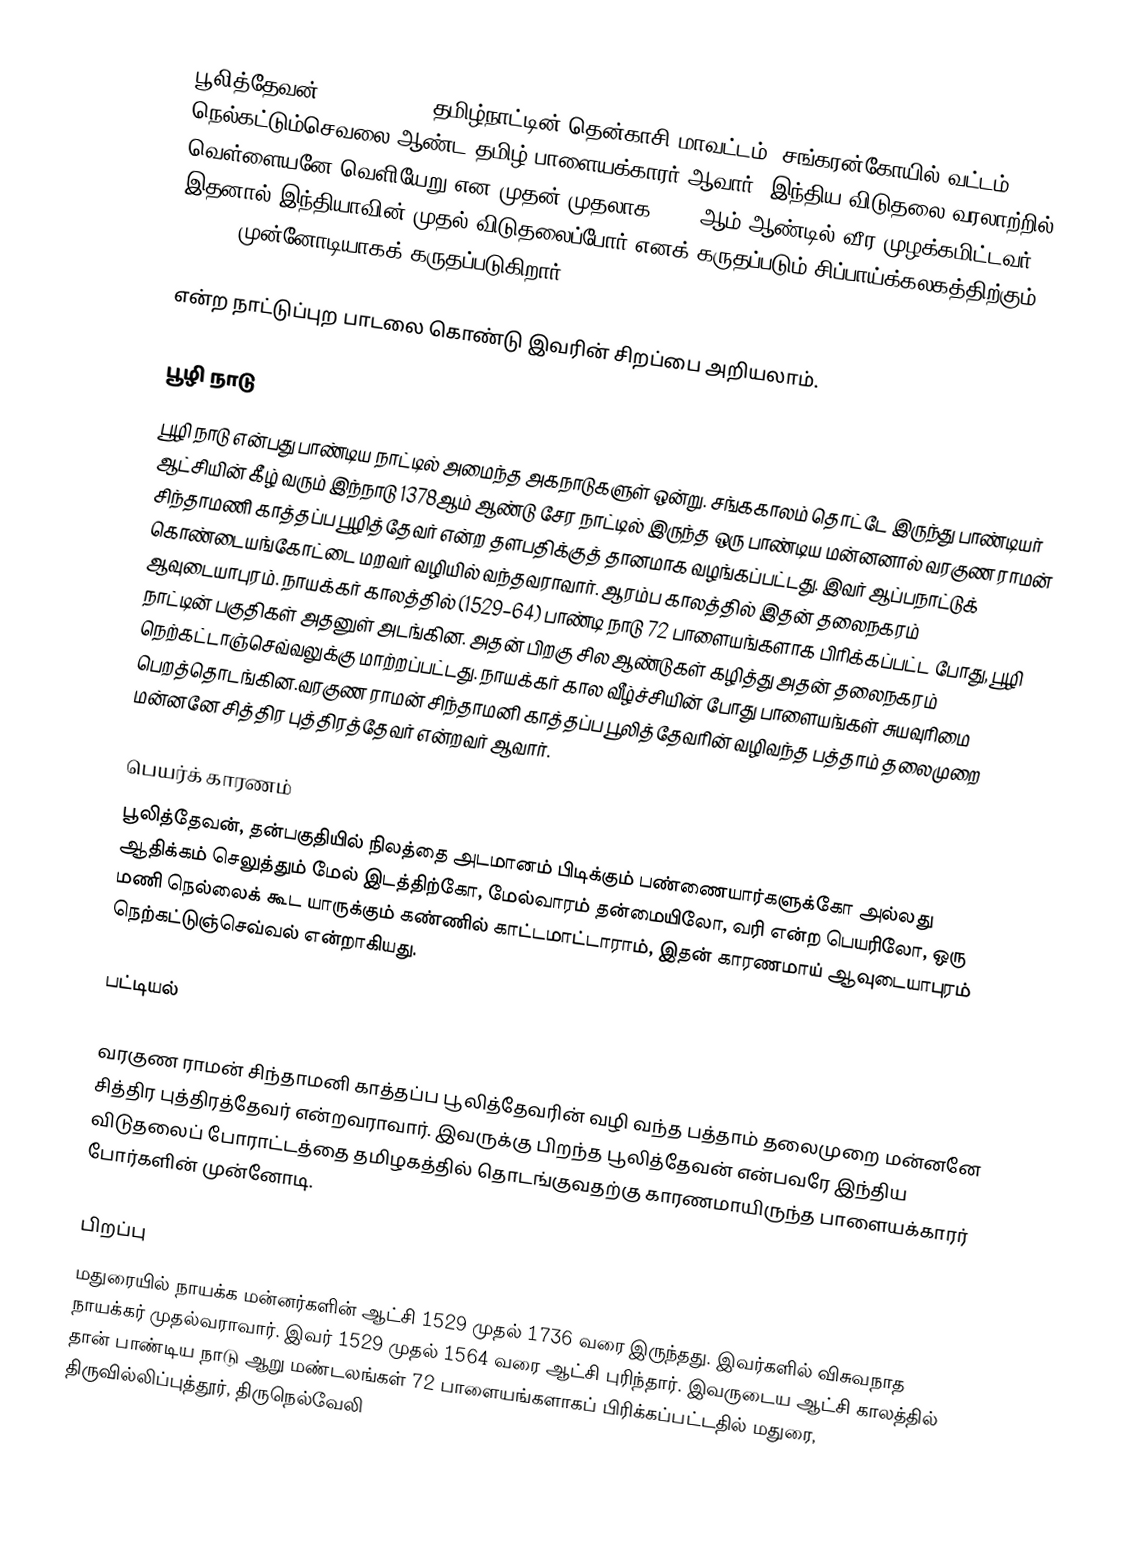
பூலித்தேவன் (1715–1767), தமிழ்நாட்டின் தென்காசி மாவட்டம், சங்கரன்கோயில் வட்டம், நெல்கட்டும்செவலை ஆண்ட தமிழ்  பாளையக்காரர் ஆவார்.  இந்திய விடுதலை வரலாற்றில் வெள்ளையனே வெளியேறு என முதன் முதலாக 1751 ஆம் ஆண்டில் வீர முழக்கமிட்டவர். இதனால் இந்தியாவின் முதல் விடுதலைப்போர் எனக் கருதப்படும் சிப்பாய்க்கலகத்திற்கும் (1857) முன்னோடியாகக் கருதப்படுகிறார்.

என்ற நாட்டுப்புற பாடலை கொண்டு இவரின் சிறப்பை அறியலாம்.

பூழி நாடு
பூழி நாடு என்பது பாண்டிய நாட்டில் அமைந்த அகநாடுகளுள் ஒன்று. சங்ககாலம் தொட்டே இருந்து பாண்டியர் ஆட்சியின் கீழ் வரும் இந்நாடு 1378ஆம் ஆண்டு சேர நாட்டில் இருந்த ஒரு பாண்டிய மன்னனால் வரகுண ராமன் சிந்தாமணி காத்தப்ப பூழித்தேவர் என்ற தளபதிக்குத் தானமாக வழங்கப்பட்டது. இவர் ஆப்பநாட்டுக் கொண்டையங்கோட்டை மறவர் வழியில் வந்தவராவார். ஆரம்ப காலத்தில் இதன் தலைநகரம் ஆவுடையாபுரம். நாயக்கர் காலத்தில் (1529–64) பாண்டி நாடு 72 பாளையங்களாக பிரிக்கப்பட்ட போது, பூழி நாட்டின் பகுதிகள் அதனுள் அடங்கின. அதன் பிறகு சில ஆண்டுகள் கழித்து அதன் தலைநகரம் நெற்கட்டாஞ்செவ்வலுக்கு மாற்றப்பட்டது. நாயக்கர் கால வீழ்ச்சியின் போது பாளையங்கள் சுயவுரிமை பெறத்தொடங்கின.வரகுண ராமன் சிந்தாமனி காத்தப்ப பூலித்தேவரின் வழிவந்த பத்தாம் தலைமுறை மன்னனே சித்திர புத்திரத்தேவர் என்றவர் ஆவார்.

பெயர்க் காரணம்
பூலித்தேவன், தன்பகுதியில் நிலத்தை அடமானம் பிடிக்கும் பண்ணையார்களுக்கோ அல்லது ஆதிக்கம் செலுத்தும் மேல் இடத்திற்கோ, மேல்வாரம் தன்மையிலோ, வரி என்ற பெயரிலோ, ஒரு மணி நெல்லைக் கூட யாருக்கும் கண்ணில் காட்டமாட்டாராம், இதன் காரணமாய் ஆவுடையாபுரம் நெற்கட்டுஞ்செவ்வல் என்றாகியது.

பட்டியல்

வரகுண ராமன் சிந்தாமனி காத்தப்ப பூலித்தேவரின் வழி வந்த பத்தாம் தலைமுறை மன்னனே சித்திர புத்திரத்தேவர் என்றவராவார். இவருக்கு பிறந்த பூலித்தேவன் என்பவரே இந்திய விடுதலைப் போராட்டத்தை தமிழகத்தில் தொடங்குவதற்கு காரணமாயிருந்த பாளையக்காரர் போர்களின் முன்னோடி.

பிறப்பு
மதுரையில் நாயக்க மன்னர்களின் ஆட்சி 1529 முதல் 1736 வரை இருந்தது. இவர்களில் விசுவநாத நாயக்கர் முதல்வராவார். இவர் 1529 முதல் 1564 வரை ஆட்சி புரிந்தார். இவருடைய ஆட்சி காலத்தில் தான் பாண்டிய நாடு ஆறு மண்டலங்கள் 72 பாளையங்களாகப் பிரிக்கப்பட்டதில் மதுரை, திருவில்லிப்புத்தூர், திருநெல்வேலி